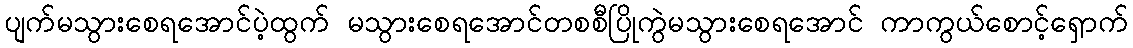
ပျက်မသွားစေရအောင်ပဲ့ထွက် မသွားစေရအောင်တစစီပြိုကွဲမသွားစေရအောင် ကာကွယ်စောင့်ရှောက်